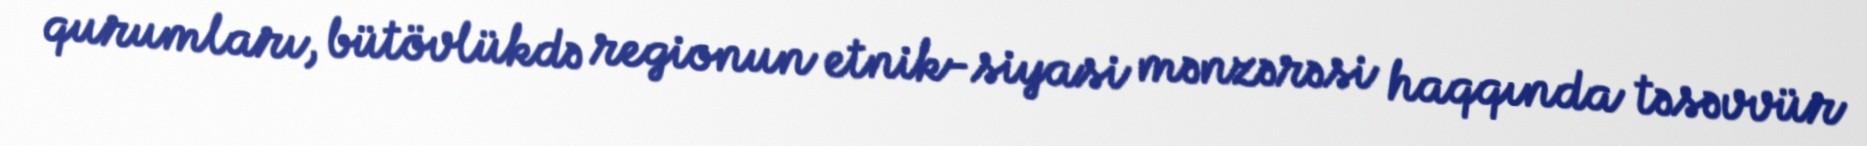
qurumları, bütövlükdə regionun etnik-siyasi mənzərəsi haqqında təsəvvür